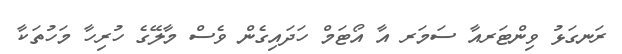
ރަނގަޅު ވިންޓަރއާ ސަމަރ އާ އޯޓަމް ހަދައިގެން ވެސް މާލޭގެ ހުރިހާ މަހުތަކާ